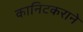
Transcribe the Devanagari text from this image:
कानिटकराने